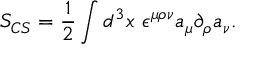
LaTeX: S _ { C S } = \frac { 1 } { 2 } \int d ^ { 3 } x ~ \epsilon ^ { \mu \rho \nu } a _ { \mu } \partial _ { \rho } a _ { \nu } .